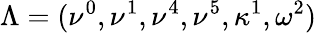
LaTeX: \Lambda=(\nu^{0},\nu^{1},\nu^{4},\nu^{5},\kappa^{1},\omega^{2})